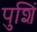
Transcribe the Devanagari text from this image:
पुशिं